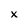
Character: x